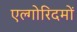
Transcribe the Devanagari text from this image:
एल्गोरिदमों